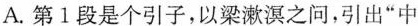
A.第1段是个引子，以梁漱溟之问,引出“中